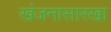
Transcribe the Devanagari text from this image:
खंजनासारखा